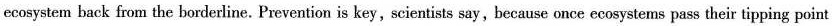
ecosystem back from the borderline. Prevention is key,scientists say, because once ecosystems pass their tipping point